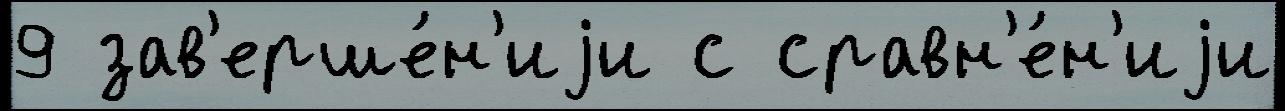
9 зав'ерше́н'иjи с сравн'е́н'иjи